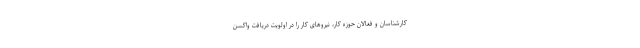
کارشناسان و فعالان حوزه کار، نیروهای کار را در اولویت دریافت واکسن